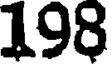
198